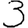
Digit: 3